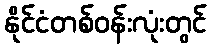
နိုင်ငံတစ်ဝန်းလုံးတွင်